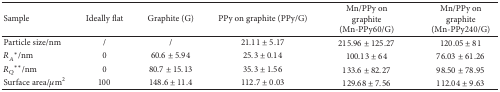
<table><thead><tr><td><b>Sample</b></td><td><b>Ideally flat</b></td><td><b>Graphite (G)</b></td><td><b>PPy on graphite (PPy/G)</b></td><td><b>Mn/PPy on graphite (Mn-PPy60/G)</b></td><td><b>Mn/PPy on graphite (Mn-PPy240/G)</b></td></tr></thead><tbody><tr><td>Particle size/nm</td><td>/</td><td>/</td><td>21.11 ± 5.17</td><td>215.96 ± 125.27</td><td>120.05 ± 81</td></tr><tr><td><i>R</i><sub><i>A</i></sub><sup><i>∗</i></sup>/nm</td><td>0</td><td>60.6 ± 5.94</td><td>25.3 ± 0.14</td><td>100.13 ± 64</td><td>76.03 ± 61.26</td></tr><tr><td><i>R</i><sub><i>Q</i></sub><sup><i>∗∗</i></sup>/nm</td><td>0</td><td>80.7 ± 15.13</td><td>35.3 ± 1.56</td><td>133.6 ± 82.27</td><td>98.50 ± 78.95</td></tr><tr><td>Surface area/<i>μ</i>m<sup>2</sup></td><td>100</td><td>148.6 ± 11.4</td><td>112.7 ± 0.03</td><td>129.68 ± 7.56</td><td>112.04 ± 9.63</td></tr></tbody></table>